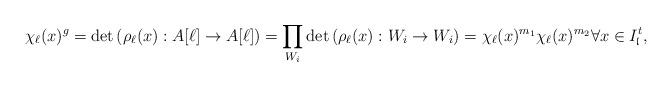
LaTeX: \begin{align*}\chi_\ell(x)^g= \det \left( \rho_\ell(x):A[\ell] \to A[\ell] \right) = \prod_{W_i} \det \left( \rho_\ell(x) :W_i \to W_i \right) = \chi_\ell(x)^{m_1} \chi_\ell(x)^{m_2} \forall x \in I_{\mathfrak{l}}^t,\end{align*}